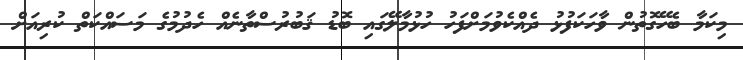
މިކަމާ ބެހޭގޮތުން ވާހަކަފުޅު ދެއްކެވުމަށްފަހު ހުޅުމާލޭގައި ބޮޑު ޤަބުރުސްތާނެއް ހެދުމުގެ މަސައްކަތް ކުރިއަށް